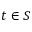
t \in S